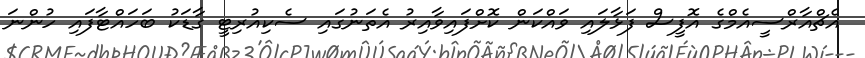
އެޗްއާރްސީއެމްގެ އޮފީސް ފަޅާލައި ވައްކަން ކޮށްފައިވާއިރު އެތަނުގައި ސެކިއުރިޓީ ގާޑަކު ބަހައްޓާފައި ހުންނަ